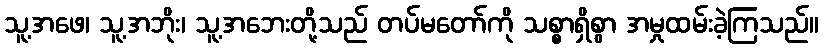
သူ့အဖေ၊ သူ့အဘိုး၊ သူ့အဘေးတို့သည် တပ်မတော်ကို သစ္စာရှိစွာ အမှုထမ်းခဲ့ကြသည်။